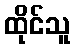
ထိုင်သူ